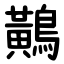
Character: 鷬